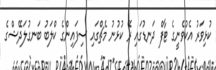
ކުޅިވަރު އެކުވެނީގެ ޓާފް ދަނޑުގައި ރޭ ކުޅުނު މެޗްގައި ސިފައިންގެ ކްލަބު ބަނގުލަދޭޝްގެ